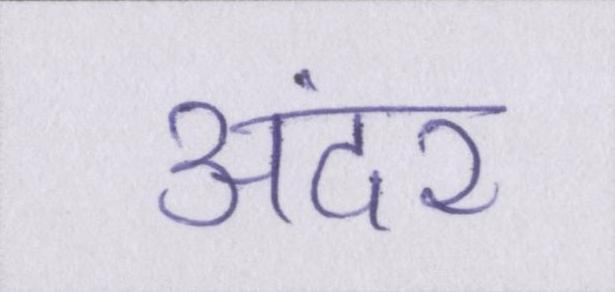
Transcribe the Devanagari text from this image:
अंदर